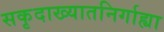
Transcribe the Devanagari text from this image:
सकृदाख्यातनिर्गाह्या